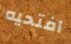
افتحيه